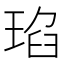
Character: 𤦆